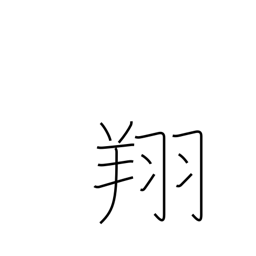
Meaning: soar